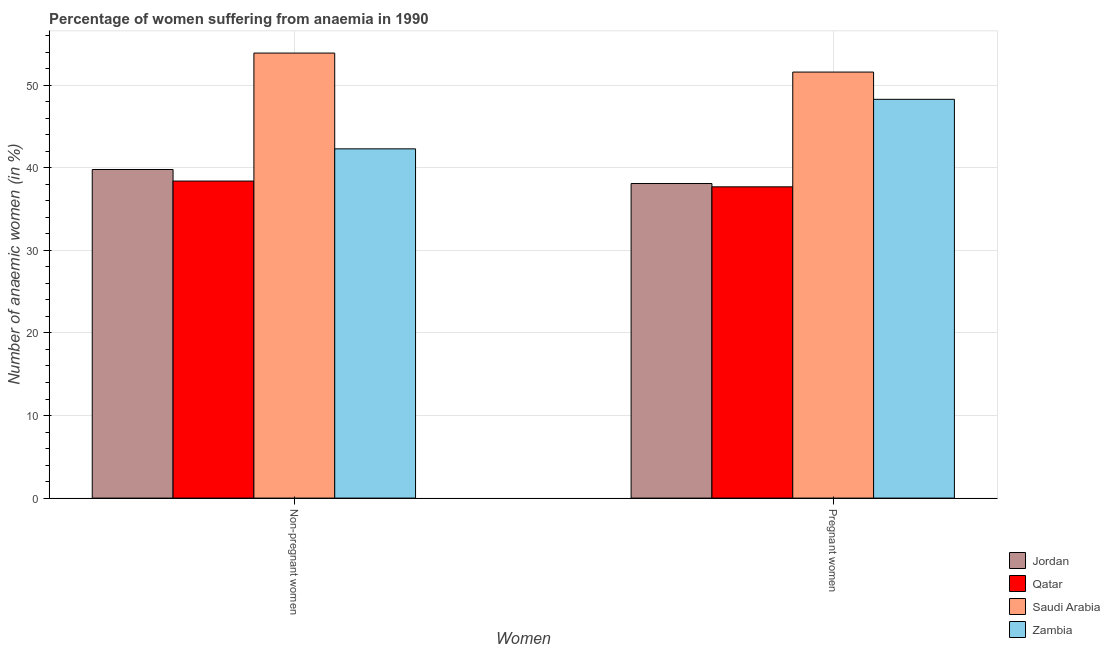
| Women | Jordan | Qatar | Saudi Arabia | Zambia |
 | --- | --- | --- | --- | --- |
 | Non-pregnant women | 39.8 | 38.4 | 53.9 | 42.3 |
 | Pregnant women | 38.1 | 37.7 | 51.6 | 48.3 |